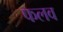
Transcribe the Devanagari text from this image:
फलव